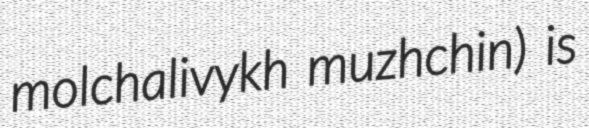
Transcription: molchalivykh muzhchin) is